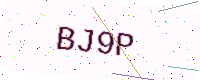
Text: BJ9P